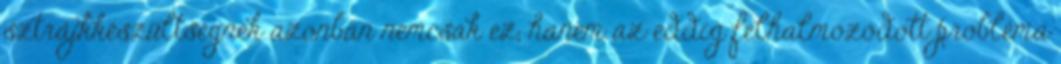
sztrájkkészültségnek azonban nemcsak ez, hanem az eddig felhalmozódott probléma